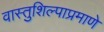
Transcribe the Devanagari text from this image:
वास्तुशिल्पाप्रमाणे